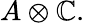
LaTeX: A\otimes\mathbb{C}.